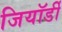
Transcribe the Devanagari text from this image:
जियॉर्डी